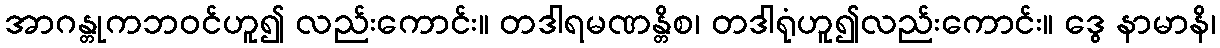
အာဂန္တုကဘဝင်ဟူ၍ လည်းကောင်း။ တဒါရမဏန္တိစ၊ တဒါရုံဟူ၍လည်းကောင်း။ ဒွေ နာမာနိ၊